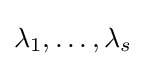
\lambda _{1},\dots ,\lambda _{s}